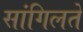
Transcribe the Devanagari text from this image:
सांगिलते